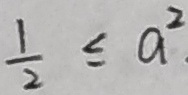
\frac { 1 } { 2 } \leq a ^ { 2 }